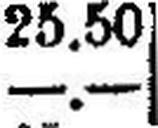
—.—